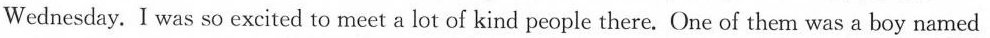
Wednesday.I was so excited to meet a lot of kind people there.One of them was a boy named